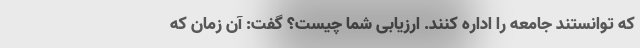
که توانستند جامعه را اداره کنند. ارزیابی شما چیست؟ گفت: آن زمان که